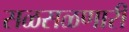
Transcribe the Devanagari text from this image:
सळसळणारी